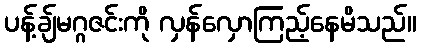
ပန့်ချ်မဂ္ဂဇင်းကို လှန်လှောကြည့်နေမိသည်။